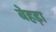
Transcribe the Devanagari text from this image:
बेहड़ा